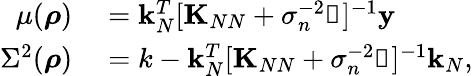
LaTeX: \begin{array}{rl}{\mu(\boldsymbol{\mathbf{\rho}})}&{{}=\boldsymbol{\mathbf{k}}_{N}^{T}[\boldsymbol{\mathbf{K}}_{NN}+\sigma_{n}^{-2}\boldsymbol{\mathbf{\mathbb{1}}}]^{-1}\boldsymbol{\mathbf{y}}}\\ {\Sigma^{2}(\boldsymbol{\mathbf{\rho}})}&{{}=k-\boldsymbol{\mathbf{k}}_{N}^{T}[\boldsymbol{\mathbf{K}}_{NN}+\sigma_{n}^{-2}\boldsymbol{\mathbf{\mathbb{1}}}]^{-1}\boldsymbol{\mathbf{k}}_{N},}\end{array}